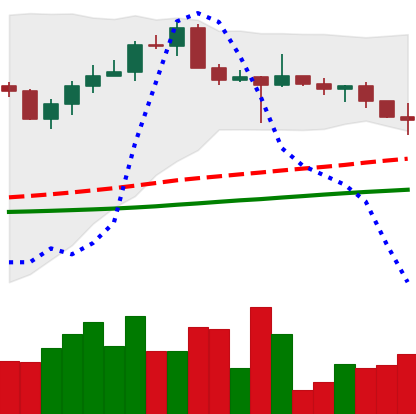
Ticker: XRP-USD
Chart end date: 2022-10-20
Forward return: 3.004%
Label: up_3_5